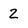
Character: 2